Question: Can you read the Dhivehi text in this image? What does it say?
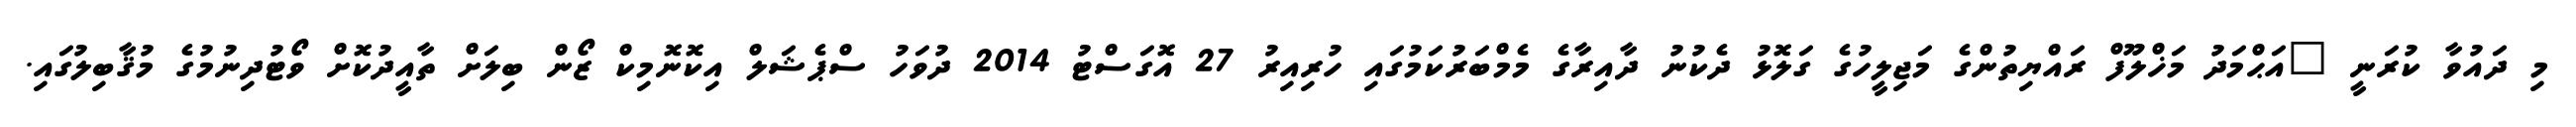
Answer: މި ދައުވާ ކުރަނީ "އަޙްމަދު މަޚްލޫފް ރައްޔިތުންގެ މަޖިލީހުގެ ގަލޮޅު ދެކުނު ދާއިރާގެ މެމްބަރުކަމުގައި ހުރިއިރު 27 އޮގަސްޓު 2014 ދުވަހު ސްޕެޝަލް އިކޮނޮމިކް ޒޯން ބިލަށް ތާއީދުކޮށް ވޯޓުދިނުމުގެ މުޤާބިލުގައި.